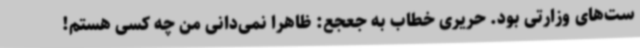
ست‌های وزارتی بود. حریری خطاب به جعجع: ظاهراً نمی‌دانی من چه کسی هستم!